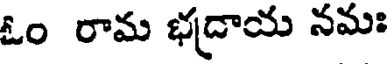
ఓం రామ భద్రాయ నమః